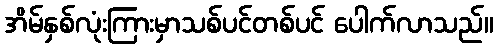
အိမ်နှစ်လုံးကြားမှာသစ်ပင်တစ်ပင် ပေါက်လာသည်။